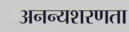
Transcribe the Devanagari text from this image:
अनन्यशरणता